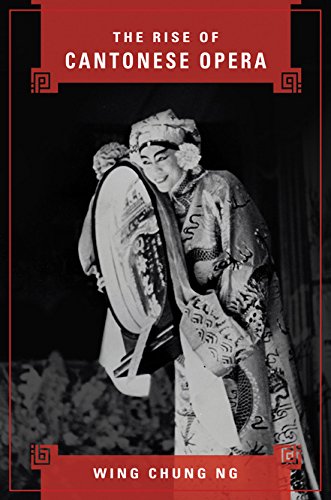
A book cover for The Rise of Cantonese Opera; Wing Chung Ng; History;